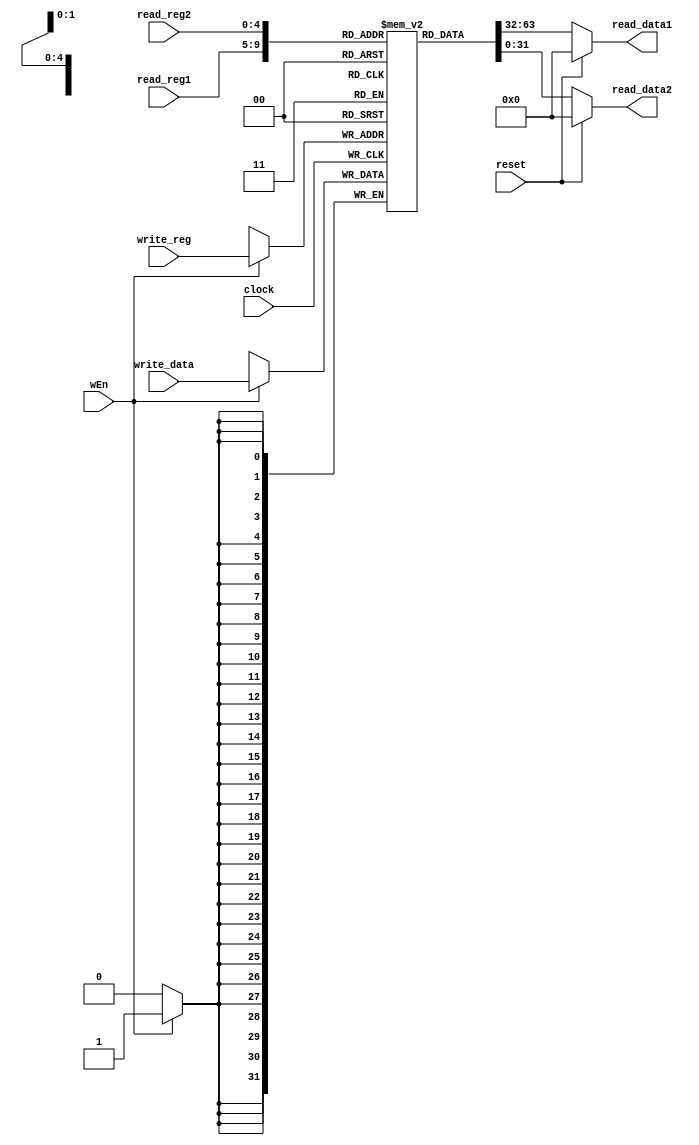
module regFile (
  input clock, reset, wEn,
  input [31:0] write_data,
  input [4:0] read_reg1, read_reg2, write_reg,
  output [31:0] read_data1, read_data2
);

  reg [31:0] reg_file[31:0];
  integer k;
  
always @(posedge clock ) begin
        if (wEn) begin
            reg_file[write_reg] <= write_data;
        end
    end
  
    assign read_data1 = (reset == 0) ? reg_file[read_reg1] : 0;
    assign read_data2 = (reset == 0) ? reg_file[read_reg2] : 0;

        initial begin
            reg_file[0] = 32'h00000000;
            reg_file[1] = 32'h00000002;
            reg_file[2] = 32'h00000008;
            reg_file[3] = 32'h00000056;
            reg_file[4] = 32'h000000ab;
            reg_file[5] = 32'h0000000d;
            reg_file[6] = 32'h00000007;
            reg_file[7] = 32'h00000006;
            reg_file[8] = 32'h0000000b;
            reg_file[9] = 32'h00000004;
            reg_file[10] = 32'h00000030;
            reg_file[11] = 32'h00000900;
            reg_file[12] = 32'h0000b400;
            reg_file[13] = 32'h00000ff1;
            reg_file[14] = 32'h00000009;
            reg_file[15] = 32'h00000067;
            reg_file[16] = 32'h0000cd40;
            reg_file[17] = 32'h00000880;
            reg_file[18] = 32'h00000990;
            reg_file[19] = 32'h00000450;
            reg_file[20] = 32'h00000008;
            reg_file[21] = 32'h00000005;
            reg_file[22] = 32'h00054321;
            reg_file[23] = 32'h00009bdf;
            reg_file[24] = 32'h000000e0;
            reg_file[25] = 32'h000002c3;
            reg_file[26] = 32'h00000432;
            reg_file[27] = 32'h0000ef01;
            reg_file[28] = 32'h00000678;
            reg_file[29] = 32'h0005ace0;
            reg_file[30] = 32'h000000c3;
            reg_file[31] = 32'h00088bdf;
        end
   

endmodule